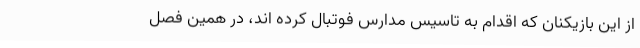
از این بازیکنان که اقدام به تاسیس مدارس فوتبال کرده اند، در همین فصل